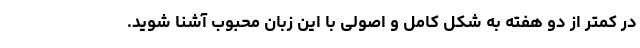
در کمتر از دو هفته به شکل کامل و اصولی با این زبان محبوب آشنا شوید.